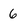
Character: 6